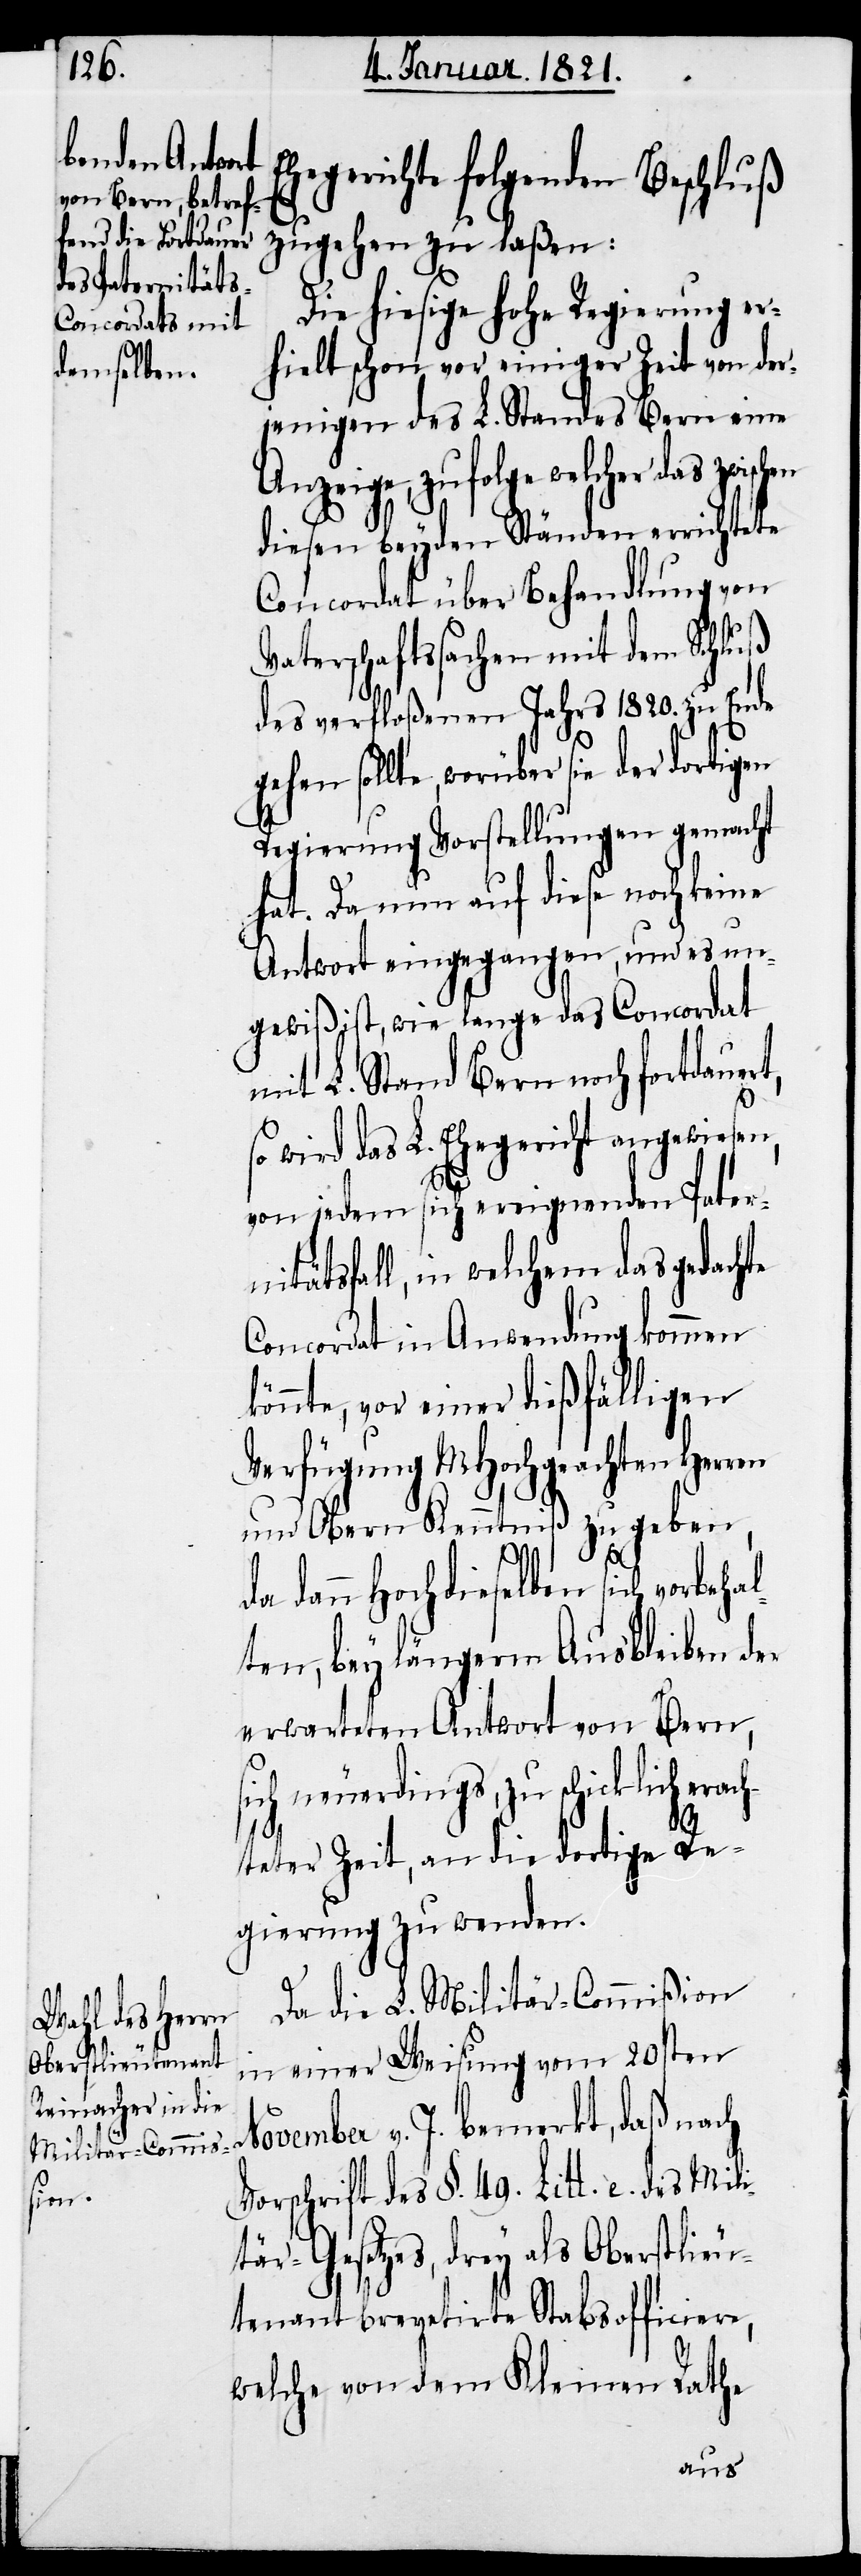
erac¬

Ehegerichte folgenden Beschluß
zugehen zu laßen:
Die hiesige hohe Regierung er¬
hielt schon vor einiger Zeit von der¬
jenigen des L. Standes Bern eine
sollte, worüber sie der dorti¬
diesen beyden Ständen errichtete
Concordat über Behandlung von
Vaterschaftssachen mit dem Schluß
des verfloßenen Jahres 1820. zu Ende
Regierung Vorstellungen gemacht
hat. Da nun auf diese noch keine
Antwort eingegangen, und es un¬
gewiß ist, wie lange das Concordat
mit L. Stand Bern noch fortdauer¬
wird das L. Ehegericht angewiesen,
von jedem sich ereignenden Pater¬
nitätsfall, in welchem das gedachte
Concordat in Anwendung kommen
könnte, vor einer dießfälligen
Verfügung MHochgeachten Herren
und Obern Kenntniß zu geben,
t,
da dann Hochdieselben sich vorbehal¬
ten, bey längerm Ausbleiben der
erwarteten Antwort von Bern,
neuerdings, zu schicklich
hteter Zeit, an die dortige Re¬
gierung zu wenden.
Da die L. Militär-Commißion
in einer Weisung vom 20sten
November v. J. bemerkt, daß nach
Vorschrift des §. 49. Litt. e. des Mili¬
tär-Gesetzes, drey als Oberstlieu¬
tenant brevetirte Stabsofficiere,
welche von dem Kleinen Rathe